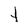
Character: t